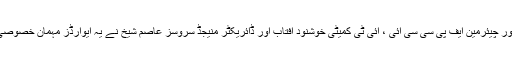
وائپر کی جانب سے اس کے سی ای او اور چیئرمین ایف پی سی سی آئی ، آئی ٹی کمیٹی خوشنود آفتاب اور ڈائریکٹر منیجڈ سروسز عاصم شیخ نے یہ ایوارڈز مہمان خصوصی ڈاکٹر مفتاح اسماعیل سے وصول کیے۔